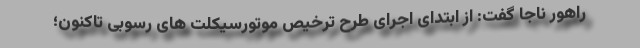
راهور ناجا گفت: از ابتدای اجرای طرح ترخیص موتورسیکلت های رسوبی تاکنون؛